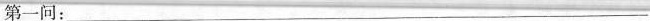
第一问：___